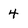
Character: 4